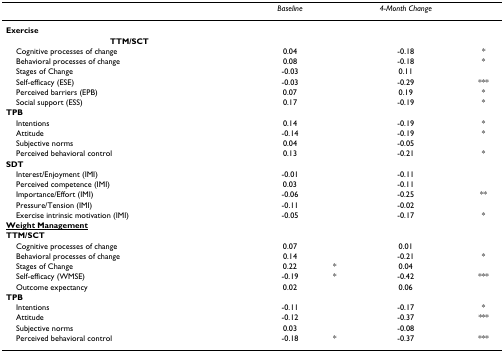
<table><thead><tr><td></td><td><b><i>Baseline</i></b></td><td></td><td><b><i>4-Month Change</i></b></td><td></td></tr></thead><tbody><tr><td><b>Exercise</b></td><td></td><td></td><td></td><td></td></tr><tr><td><b>TTM/SCT</b></td><td></td><td></td><td></td><td></td></tr><tr><td> Cognitive processes of change</td><td>0.04</td><td></td><td>-0.18</td><td>*</td></tr><tr><td> Behavioral processes of change</td><td>0.08</td><td></td><td>-0.18</td><td>*</td></tr><tr><td> Stages of Change</td><td>-0.03</td><td></td><td>0.11</td><td></td></tr><tr><td> Self-efficacy (ESE)</td><td>-0.03</td><td></td><td>-0.29</td><td>***</td></tr><tr><td> Perceived barriers (EPB)</td><td>0.07</td><td></td><td>0.19</td><td>*</td></tr><tr><td> Social support (ESS)</td><td>0.17</td><td></td><td>-0.19</td><td>*</td></tr><tr><td><b>TPB</b></td><td></td><td></td><td></td><td></td></tr><tr><td> Intentions</td><td>0.14</td><td></td><td>-0.19</td><td>*</td></tr><tr><td> Attitude</td><td>-0.14</td><td></td><td>-0.19</td><td>*</td></tr><tr><td> Subjective norms</td><td>0.04</td><td></td><td>-0.05</td><td></td></tr><tr><td> Perceived behavioral control</td><td>0.13</td><td></td><td>-0.21</td><td>*</td></tr><tr><td><b>SDT</b></td><td></td><td></td><td></td><td></td></tr><tr><td> Interest/Enjoyment (IMI)</td><td>-0.01</td><td></td><td>-0.11</td><td></td></tr><tr><td> Perceived competence (IMI)</td><td>0.03</td><td></td><td>-0.11</td><td></td></tr><tr><td> Importance/Effort (IMI)</td><td>-0.06</td><td></td><td>-0.25</td><td>**</td></tr><tr><td> Pressure/Tension (IMI)</td><td>-0.11</td><td></td><td>-0.02</td><td></td></tr><tr><td> Exercise intrinsic motivation (IMI)</td><td>-0.05</td><td></td><td>-0.17</td><td>*</td></tr><tr><td><underline><b>Weight Management</b></underline></td><td></td><td></td><td></td><td></td></tr><tr><td><b>TTM/SCT</b></td><td></td><td></td><td></td><td></td></tr><tr><td> Cognitive processes of change</td><td>0.07</td><td></td><td>0.01</td><td></td></tr><tr><td> Behavioral processes of change</td><td>0.14</td><td></td><td>-0.21</td><td>*</td></tr><tr><td> Stages of Change</td><td>0.22</td><td>*</td><td>0.04</td><td></td></tr><tr><td> Self-efficacy (WMSE)</td><td>-0.19</td><td>*</td><td>-0.42</td><td>***</td></tr><tr><td> Outcome expectancy</td><td>0.02</td><td></td><td>0.06</td><td></td></tr><tr><td><b>TPB</b></td><td></td><td></td><td></td><td></td></tr><tr><td> Intentions</td><td>-0.11</td><td></td><td>-0.17</td><td>*</td></tr><tr><td> Attitude</td><td>-0.12</td><td></td><td>-0.37</td><td>***</td></tr><tr><td> Subjective norms</td><td>0.03</td><td></td><td>-0.08</td><td></td></tr><tr><td> Perceived behavioral control</td><td>-0.18</td><td>*</td><td>-0.37</td><td>***</td></tr></tbody></table>